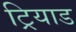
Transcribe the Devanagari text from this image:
ट्रियाड